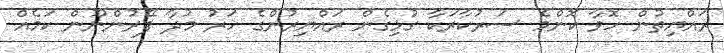
ރައްޔިތުން ހޮވާ ކޮންމެ ސަރުކާރަކާ ގުޅިގެން ރައްޔިރުންގެ ހަރު މުދާ ފޭރުންނޫން ކަމެއް